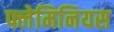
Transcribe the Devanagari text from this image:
फ्लेमिनियस